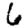
Digit: 6